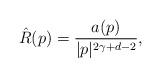
LaTeX: \begin{align*}\hat{R}(p)=\frac{a(p)}{|p|^{2\gamma+d-2}},\end{align*}